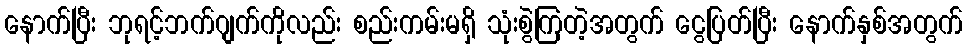
နောက်ပြီး ဘုရင့်ဘက်ဂျက်ကိုလည်း စည်းကမ်းမရှိ သုံးစွဲကြတဲ့အတွက် ငွေပြတ်ပြီး နောက်နှစ်အတွက်